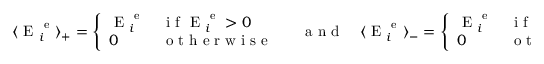
\langle \mathrm { ~ E ~ } _ { i } ^ { \mathrm { ~ e ~ } } \rangle _ { + } = \left\{ \begin{array} { l l } { \mathrm { ~ E ~ } _ { i } ^ { \mathrm { ~ e ~ } } } & { \mathrm { ~ i ~ f ~ } \mathrm { ~ E ~ } _ { i } ^ { \mathrm { ~ e ~ } } > 0 } \\ { 0 } & { \mathrm { ~ o ~ t ~ h ~ e ~ r ~ w ~ i ~ s ~ e ~ } } \end{array} \right. \quad \mathrm { ~ a ~ n ~ d ~ } \quad \langle \mathrm { ~ E ~ } _ { i } ^ { \mathrm { ~ e ~ } } \rangle _ { - } = \left\{ \begin{array} { l l } { \mathrm { ~ E ~ } _ { i } ^ { \mathrm { ~ e ~ } } } & { \mathrm { ~ i ~ f ~ } \mathrm { ~ E ~ } _ { i } ^ { \mathrm { ~ e ~ } } < 0 } \\ { 0 } & { \mathrm { ~ o ~ t ~ h ~ e ~ r ~ w ~ i ~ s ~ e ~ } } \end{array} \right.